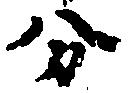
分